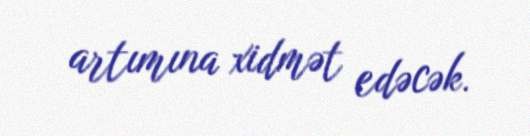
artımına xidmət edəcək.